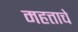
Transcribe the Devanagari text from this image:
महत्ताचे